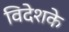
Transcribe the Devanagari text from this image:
विदेशके